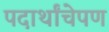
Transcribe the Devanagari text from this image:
पदार्थांचेपण